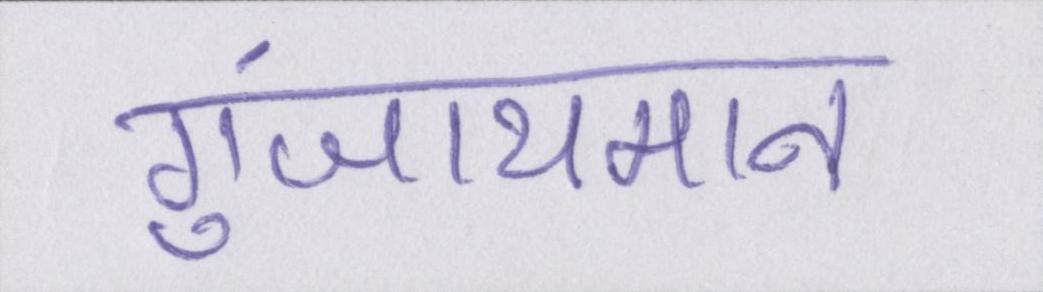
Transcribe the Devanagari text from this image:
गुंजायमान